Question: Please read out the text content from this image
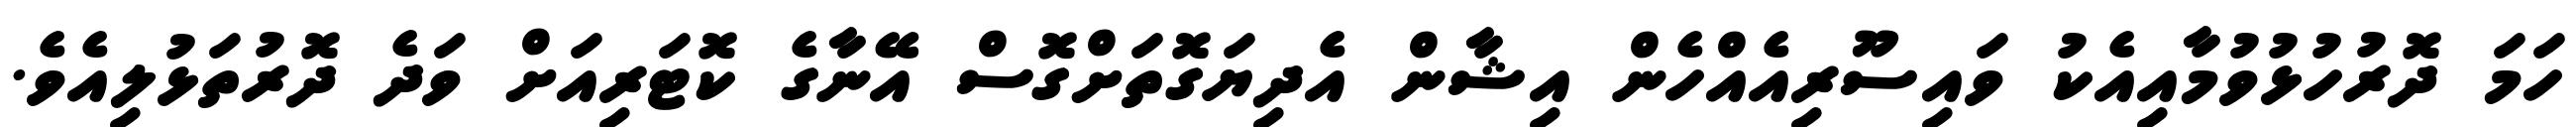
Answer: ހަމަ ދޮރުހުޅުވުމާއިއެކު ވައިސޫރިއެއްހެން އިޝާން އެދިޔަގޮތަށްގޮސް އޭނާގެ ކޮޓަރިއަށް ވަދެ ދޮރުތަޅުލިއެވެ.